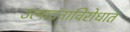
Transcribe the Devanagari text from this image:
उत्पादनाविरोधात